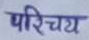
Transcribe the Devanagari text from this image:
परिचय